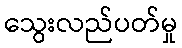
သွေးလည်ပတ်မှု